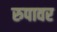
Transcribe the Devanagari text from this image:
रुपावर